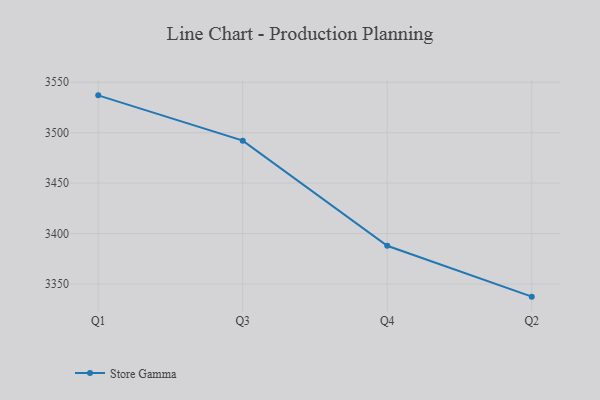
{"axis": {"x": "Quarter", "y": "Satisfaction Score"}, "legend": ["Store Gamma"], "data": [{"x": "Q1", "y": 3537.0, "type": "Store Gamma"}, {"x": "Q3", "y": 3492.1, "type": "Store Gamma"}, {"x": "Q4", "y": 3387.9, "type": "Store Gamma"}, {"x": "Q2", "y": 3337.5, "type": "Store Gamma"}]}